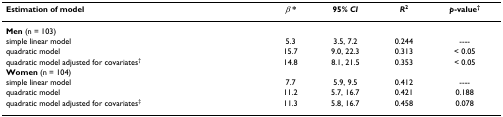
| Estimation of model | β * | 95% CI | R2 | p-value† |
 | --- | --- | --- | --- | --- |
 | Men (n = 103) |  |  |  |  |
 | simple linear model | 5.3 | 3.5, 7.2 | 0.244 | ---- |
 | quadratic model | 15.7 | 9.0, 22.3 | 0.313 | < 0.05 |
 | quadratic model adjusted for covariates† | 14.8 | 8.1, 21.5 | 0.353 | < 0.05 |
 | Women (n = 104) |  |  |  |  |
 | simple linear model | 7.7 | 5.9, 9.5 | 0.412 | ---- |
 | quadratic model | 11.2 | 5.7, 16.7 | 0.421 | 0.188 |
 | quadratic model adjusted for covariates‡ | 11.3 | 5.8, 16.7 | 0.458 | 0.078 |